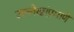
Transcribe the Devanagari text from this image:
उल्लेखांप्रमाणे